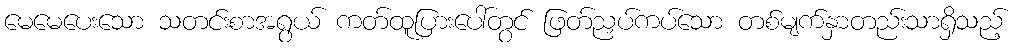
မေမေပေးသော သတင်းစာအရွယ် ကတ်ထူပြားပေါ်တွင် ဖြတ်ညှပ်ကပ်သော တစ်မျက်နှာတည်းသာရှိသည့်